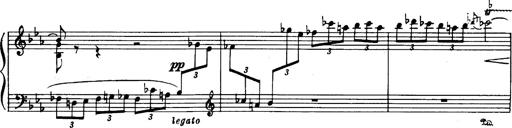
Title: Danza sacra e duetto finale dâ€™Aida
Composer: Franz Liszt